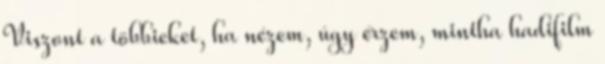
Viszont a többieket, ha nézem, úgy érzem, mintha hadifilm